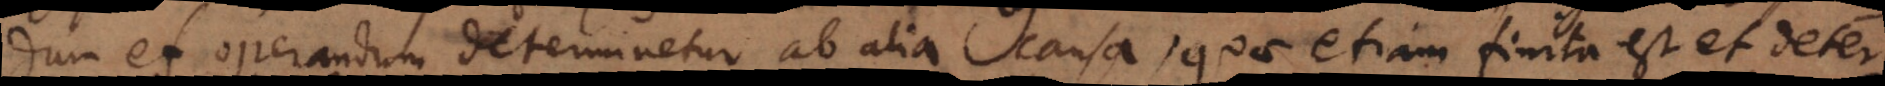
dum et operandum determinetur ab alia causa, quae etiam finita est et deter